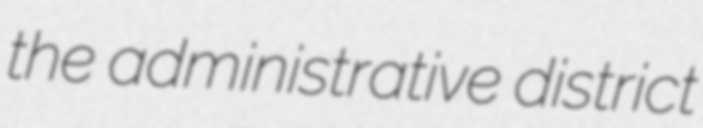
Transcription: the administrative district